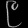
Digit: ၉